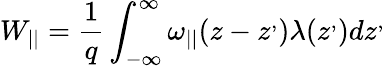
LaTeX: W_{||}=\frac{1}{q}\int_{-\infty}^{\infty}\omega_{||}(z-z^{,})\lambda(z^{,})dz^{,}